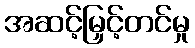
အဆင့်မြှင့်တင်မှု